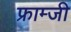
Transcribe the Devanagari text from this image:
फ्राम्जी